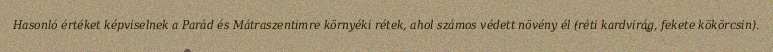
Hasonló értéket képviselnek a Parád és Mátraszentimre környéki rétek, ahol számos védett növény él (réti kardvirág, fekete kökörcsin).